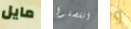
مايل انفصلوا و